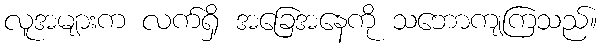
လူအများက လက်ရှိ အခြေအနေကို သဘောကျကြသည်။